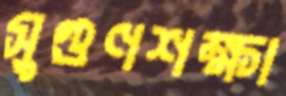
সুগুণশক্ষা